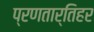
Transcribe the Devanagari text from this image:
प्रणतार्तिहर